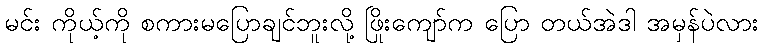
မင်း ကိုယ့်ကို စကားမပြောချင်ဘူးလို့ ဖြိုးကျော်က ပြော တယ်အဲဒါ အမှန်ပဲလား